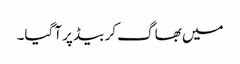
میں بھاگ کر بیڈ پر آگیا۔